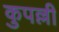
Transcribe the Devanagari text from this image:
कुपल्ली